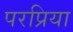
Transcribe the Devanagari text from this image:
परप्रिया